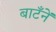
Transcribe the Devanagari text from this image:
बाटँनेँ